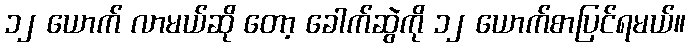
၁၂ ယောက် လာမယ်ဆို တော့ ခေါက်ဆွဲကို ၁၂ ယောက်စာပြင်ရမယ်။